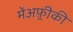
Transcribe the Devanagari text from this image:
मेंअफ़्रीकी